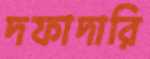
দফাদারি